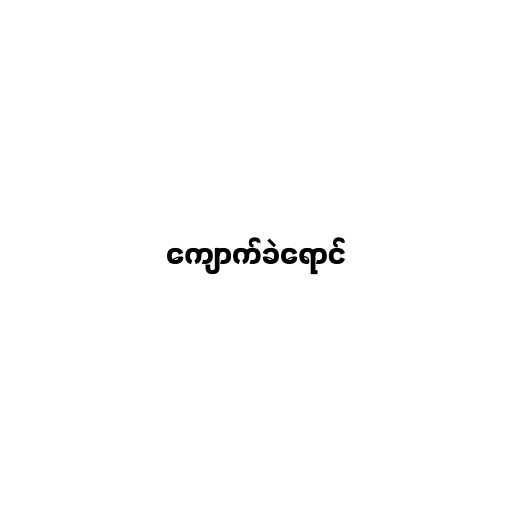
ကျောက်ခဲရောင်